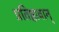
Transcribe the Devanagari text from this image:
प्रतिष्ठावान्